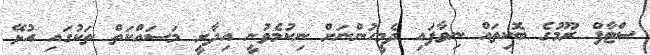
ސްޓާފް ރޫމުގެ ބޮކިތައް ނިވާފައި ދެމީހުންނަށް ނިކުމެވުނީ އިދާރީ މަސައްކަތް ތަކުގައި އުޅޭ